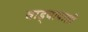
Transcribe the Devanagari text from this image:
वाड्यापाशी